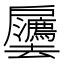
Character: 𫼒